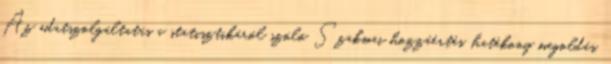
Az adatszolgáltatás a statisztikáról szóló Szakmai hozzáértés, hatékony megoldás,